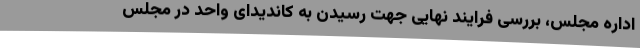
اداره مجلس، بررسی فرایند نهایی جهت رسیدن به کاندیدای واحد در مجلس